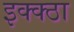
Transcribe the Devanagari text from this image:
इक्क्ठा